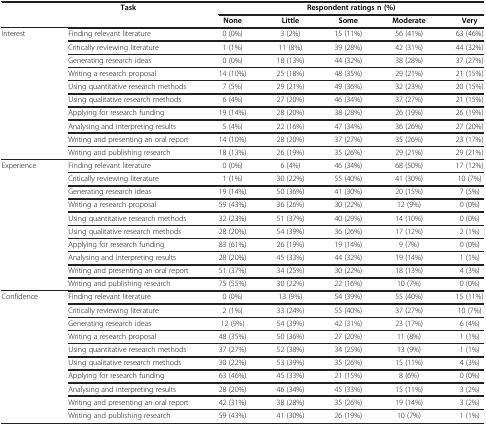
<table><thead><tr><td rowspan="2"><b> </b></td><td rowspan="2"><b>Task</b></td><td colspan="5"><b>Respondent ratings n (%)</b></td></tr><tr><td><b>None</b></td><td><b>Little</b></td><td><b>Some</b></td><td><b>Moderate</b></td><td><b>Very</b></td></tr></thead><tbody><tr><td rowspan="10">Interest</td><td>Finding relevant literature</td><td>0 (0%)</td><td>3 (2%)</td><td>15 (11%)</td><td>56 (41%)</td><td>63 (46%)</td></tr><tr><td>Critically reviewing literature</td><td>1 (1%)</td><td>11 (8%)</td><td>39 (28%)</td><td>42 (31%)</td><td>44 (32%)</td></tr><tr><td>Generating research ideas</td><td>0 (0%)</td><td>18 (13%)</td><td>44 (32%)</td><td>38 (28%)</td><td>37 (27%)</td></tr><tr><td>Writing a research proposal</td><td>14 (10%)</td><td>25 (18%)</td><td>48 (35%)</td><td>29 (21%)</td><td>21 (15%)</td></tr><tr><td>Using quantitative research methods</td><td>7 (5%)</td><td>29 (21%)</td><td>49 (36%)</td><td>32 (23%)</td><td>20 (15%)</td></tr><tr><td>Using qualitative research methods</td><td>6 (4%)</td><td>27 (20%)</td><td>46 (34%)</td><td>37 (27%)</td><td>21 (15%)</td></tr><tr><td>Applying for research funding</td><td>19 (14%)</td><td>28 (20%)</td><td>38 (28%)</td><td>26 (19%)</td><td>26 (19%)</td></tr><tr><td>Analysing and interpreting results</td><td>5 (4%)</td><td>22 (16%)</td><td>47 (34%)</td><td>36 (26%)</td><td>27 (20%)</td></tr><tr><td>Writing and presenting an oral report</td><td>14 (10%)</td><td>28 (20%)</td><td>37 (27%)</td><td>35 (26%)</td><td>23 (17%)</td></tr><tr><td>Writing and publishing research</td><td>18 (13%)</td><td>26 (19%)</td><td>35 (26%)</td><td>29 (21%)</td><td>29 (21%)</td></tr><tr><td rowspan="10">Experience</td><td>Finding relevant literature</td><td>0 (0%)</td><td>6 (4%)</td><td>46 (34%)</td><td>68 (50%)</td><td>17 (12%)</td></tr><tr><td>Critically reviewing literature</td><td>1 (1%)</td><td>30 (22%)</td><td>55 (40%)</td><td>41 (30%)</td><td>10 (7%)</td></tr><tr><td>Generating research ideas</td><td>19 (14%)</td><td>50 (36%)</td><td>41 (30%)</td><td>20 (15%)</td><td>7 (5%)</td></tr><tr><td>Writing a research proposal</td><td>59 (43%)</td><td>36 (26%)</td><td>30 (22%)</td><td>12 (9%)</td><td>0 (0%)</td></tr><tr><td>Using quantitative research methods</td><td>32 (23%)</td><td>51 (37%)</td><td>40 (29%)</td><td>14 (10%)</td><td>0 (0%)</td></tr><tr><td>Using qualitative research methods</td><td>28 (20%)</td><td>54 (39%)</td><td>36 (26%)</td><td>17 (12%)</td><td>2 (1%)</td></tr><tr><td>Applying for research funding</td><td>83 (61%)</td><td>26 (19%)</td><td>19 (14%)</td><td>9 (7%)</td><td>0 (0%)</td></tr><tr><td>Analysing and interpreting results</td><td>28 (20%)</td><td>45 (33%)</td><td>44 (32%)</td><td>19 (14%)</td><td>1 (1%)</td></tr><tr><td>Writing and presenting an oral report</td><td>51 (37%)</td><td>34 (25%)</td><td>30 (22%)</td><td>18 (13%)</td><td>4 (3%)</td></tr><tr><td>Writing and publishing research</td><td>75 (55%)</td><td>30 (22%)</td><td>22 (16%)</td><td>10 (7%)</td><td>0 (0%)</td></tr><tr><td rowspan="9">Confidence</td><td>Finding relevant literature</td><td>0 (0%)</td><td>13 (9%)</td><td>54 (39%)</td><td>55 (40%)</td><td>15 (11%)</td></tr><tr><td>Critically reviewing literature</td><td>2 (1%)</td><td>33 (24%)</td><td>55 (40%)</td><td>37 (27%)</td><td>10 (7%)</td></tr><tr><td>Generating research ideas</td><td>12 (9%)</td><td>54 (39%)</td><td>42 (31%)</td><td>23 (17%)</td><td>6 (4%)</td></tr><tr><td>Writing a research proposal</td><td>48 (35%)</td><td>50 (36%)</td><td>27 (20%)</td><td>11 (8%)</td><td>1 (1%)</td></tr><tr><td>Using quantitative research methods</td><td>37 (27%)</td><td>52 (38%)</td><td>34 (25%)</td><td>13 (9%)</td><td>1 (1%)</td></tr><tr><td>Using qualitative research methods</td><td>30 (22%)</td><td>53 (39%)</td><td>35 (26%)</td><td>15 (11%)</td><td>4 (3%)</td></tr><tr><td>Applying for research funding</td><td>63 (46%)</td><td>45 (33%)</td><td>21 (15%)</td><td>8 (6%)</td><td>0 (0%)</td></tr><tr><td>Analysing and interpreting results</td><td>28 (20%)</td><td>46 (34%)</td><td>45 (33%)</td><td>15 (11%)</td><td>3 (2%)</td></tr><tr><td>Writing and presenting an oral report</td><td>42 (31%)</td><td>38 (28%)</td><td>35 (26%)</td><td>19 (14%)</td><td>3 (2%)</td></tr><tr><td> </td><td>Writing and publishing research</td><td>59 (43%)</td><td>41 (30%)</td><td>26 (19%)</td><td>10 (7%)</td><td>1 (1%)</td></tr></tbody></table>